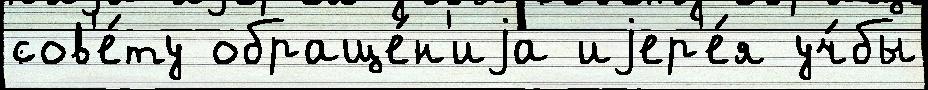
сов'е́ту обраще́н'иjа иjер'е́я уч́бы